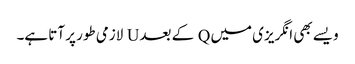
ویسے بھی انگریزی میں Q کے بعد U لازمی طور پر آتا ہے۔